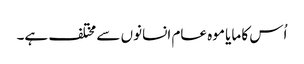
اُس کا مایا موہ عام انسانوں سے مختلف ہے۔